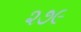
૨૭૯